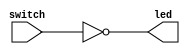
`timescale 1ns / 1ps  //sets the timescale (for simulation)

`default_nettype none //overrides default behaviour: errors when a net type is not declired

module main(switch, led);

//declare the inputs and outputs of our design
input  wire [7:0] switch;        //8 input switches
output wire [7:0] led;           //8 output leds

//connect the switches through inverters to the leds
assign led = ~switch;

endmodule

`default_nettype none //reengages default behaviour: needed for other Xilinx modules